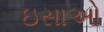
ઇસાઓ